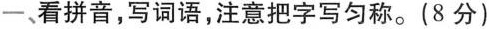
一、看拼音，写词语，注意把字写匀称。(8分)